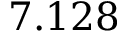
7 . 1 2 8